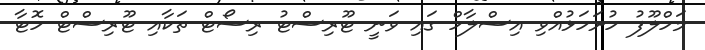
މަހްލޫފު ހުށަހަޅުއްވި އިސްލާހް ގައި ވަނީ ޓޫރިސްޓު ރިސޯޓް ތަކާއި ޓޫރިސްޓް ހޮޓާ